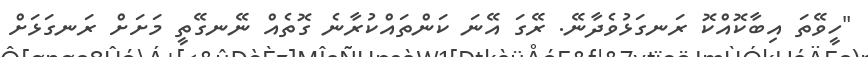
"ހީވޭތަ އިބާކޮއްކޮ ރަނގަޅުވެދާނޭ. ރޭގަ އޭނަ ކަންތައްކުރާނެ ގޮތެއް ނޭނގޭތީ މަށަށް ރަނގަޅަށް